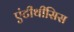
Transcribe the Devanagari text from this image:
एंटीथीसिस